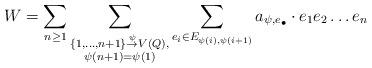
LaTeX: \begin{align*}W=\sum_{n\ge 1}\sum_{\begin{subarray}{c}\{1, \ldots, n+1\} \stackrel{\psi}{\to} V(Q), \\\psi(n+1)=\psi(1)\end{subarray}}\sum_{e_i \in E_{\psi(i), \psi(i+1)}}a_{\psi, e_{\bullet}} \cdot e_1 e_2\ldots e_{n}\end{align*}